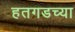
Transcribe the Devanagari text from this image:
हतगडच्या